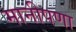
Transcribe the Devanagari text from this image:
मानीपणा